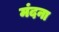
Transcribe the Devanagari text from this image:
मंदना